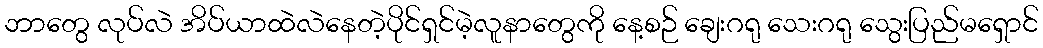
ဘာတွေ လုပ်လဲ အိပ်ယာထဲလဲနေတဲ့ပိုင်ရှင်မဲ့လူနာတွေကို နေ့စဉ် ချေးဂရု သေးဂရု သွေးပြည်မရှောင်